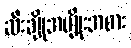
ဆီးချိုအမျိုးအစား